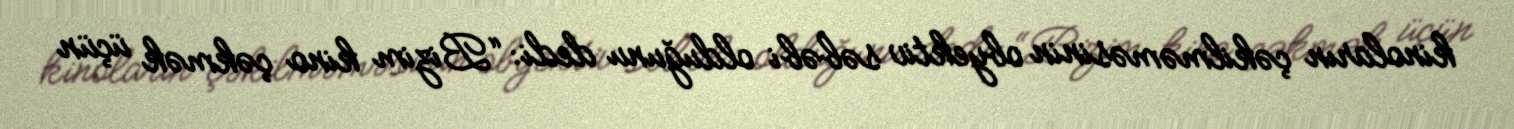
kinoların çəkilməməsinin obyektiv səbəbi olduğunu dedi: “Bizim kino çəkmək üçün